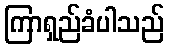
ကြာရှည်ခံပါသည်